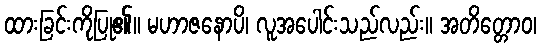
ထားခြင်းကိုပြု၏။ မဟာဇနောပိ၊ လူအပေါင်းသည်လည်း။ အတိတ္တောဝ၊